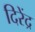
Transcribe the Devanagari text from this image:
दिरेंद्र